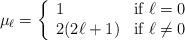
LaTeX: \begin{align*}\mu_\ell=\left\{\begin{array}{ll}1 & \mbox{if $\ell=0$}\\2(2\ell+1) & \mbox {if $\ell\neq 0$}\end{array}\right.\end{align*}